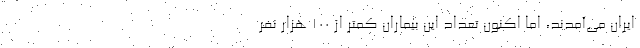
ایران می‌آمدند، اما اکنون تعداد این بیماران کمتر از ۱۰۰ هزار نفر